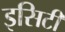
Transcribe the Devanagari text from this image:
इसिटी